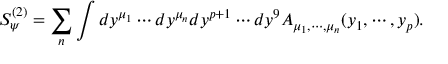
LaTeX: S _ { \psi } ^ { ( 2 ) } = \sum _ { n } \int d y ^ { \mu _ { 1 } } \cdots d y ^ { \mu _ { n } } d y ^ { p + 1 } \cdots d y ^ { 9 } A _ { \mu _ { 1 } , \cdots , \mu _ { n } } ( y _ { 1 } , \cdots , y _ { p } ) .